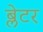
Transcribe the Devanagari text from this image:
ब्लेटर